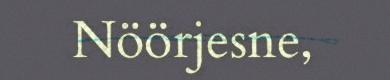
Nöörjesne,